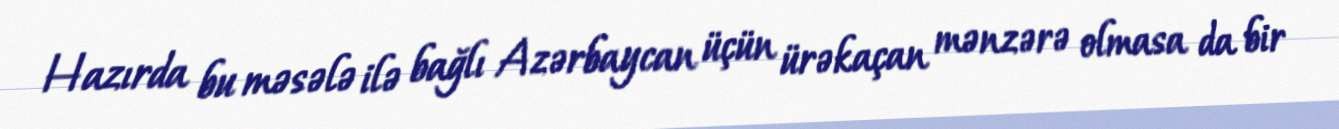
Hazırda bu məsələ ilə bağlı Azərbaycan üçün ürəkaçan mənzərə olmasa da bir